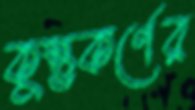
কুম্ভকর্ণের